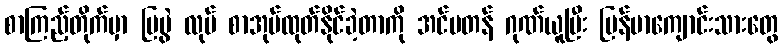
စာကြည့်တိုက်မှာ ပြပွဲ လုပ် စာအုပ်ထုတ်နိုင်ခဲ့တာကို အင်မတန် ဂုဏ်ယူပြီး မြန်မာကျောင်းသားတွေ